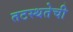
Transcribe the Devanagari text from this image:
तटस्थतेची